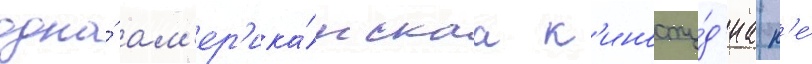
одна́ ам'ер'ика́нскаа к'иносту́д'иа н'е́